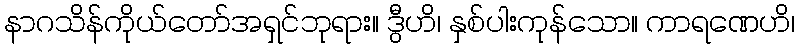
နာဂသိန်ကိုယ်တော်အရှင်ဘုရား။ ဒွီဟိ၊ နှစ်ပါးကုန်သော။ ကာရဏေဟိ၊